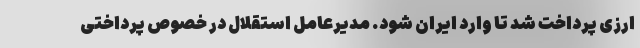
ارزی پرداخت شد تا وارد ایران شود. مدیرعامل استقلال در خصوص پرداختی